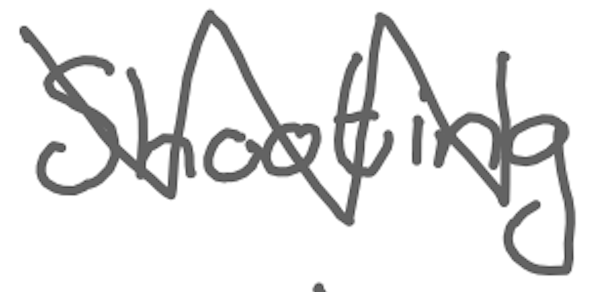
Text: Shooting
Cross-out: zig-zag
Writing tool: digital_gray